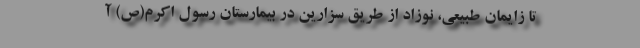
تا زایمان طبیعی، نوزاد از طریق سزارین در بیمارستان رسول اکرم(ص) آ